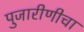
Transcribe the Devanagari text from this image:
पुजारीणीचा